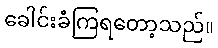
ခေါင်းခံကြရတော့သည်။